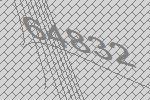
64832